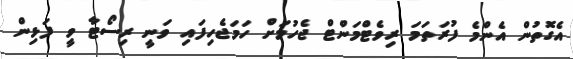
އެގޮތުން އެންމެ ފުރަތަމަ ރިވެޓްމަންޓް ޖެހުމަށް ހަމަޖެހިފައި ވަނީ ރިސޯޓާ ވީ ފަޅިން